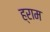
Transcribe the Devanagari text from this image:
ह्राम